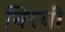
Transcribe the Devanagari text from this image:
बिरची